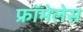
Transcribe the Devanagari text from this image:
फ्रॉमेलेस